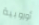
أوروبية